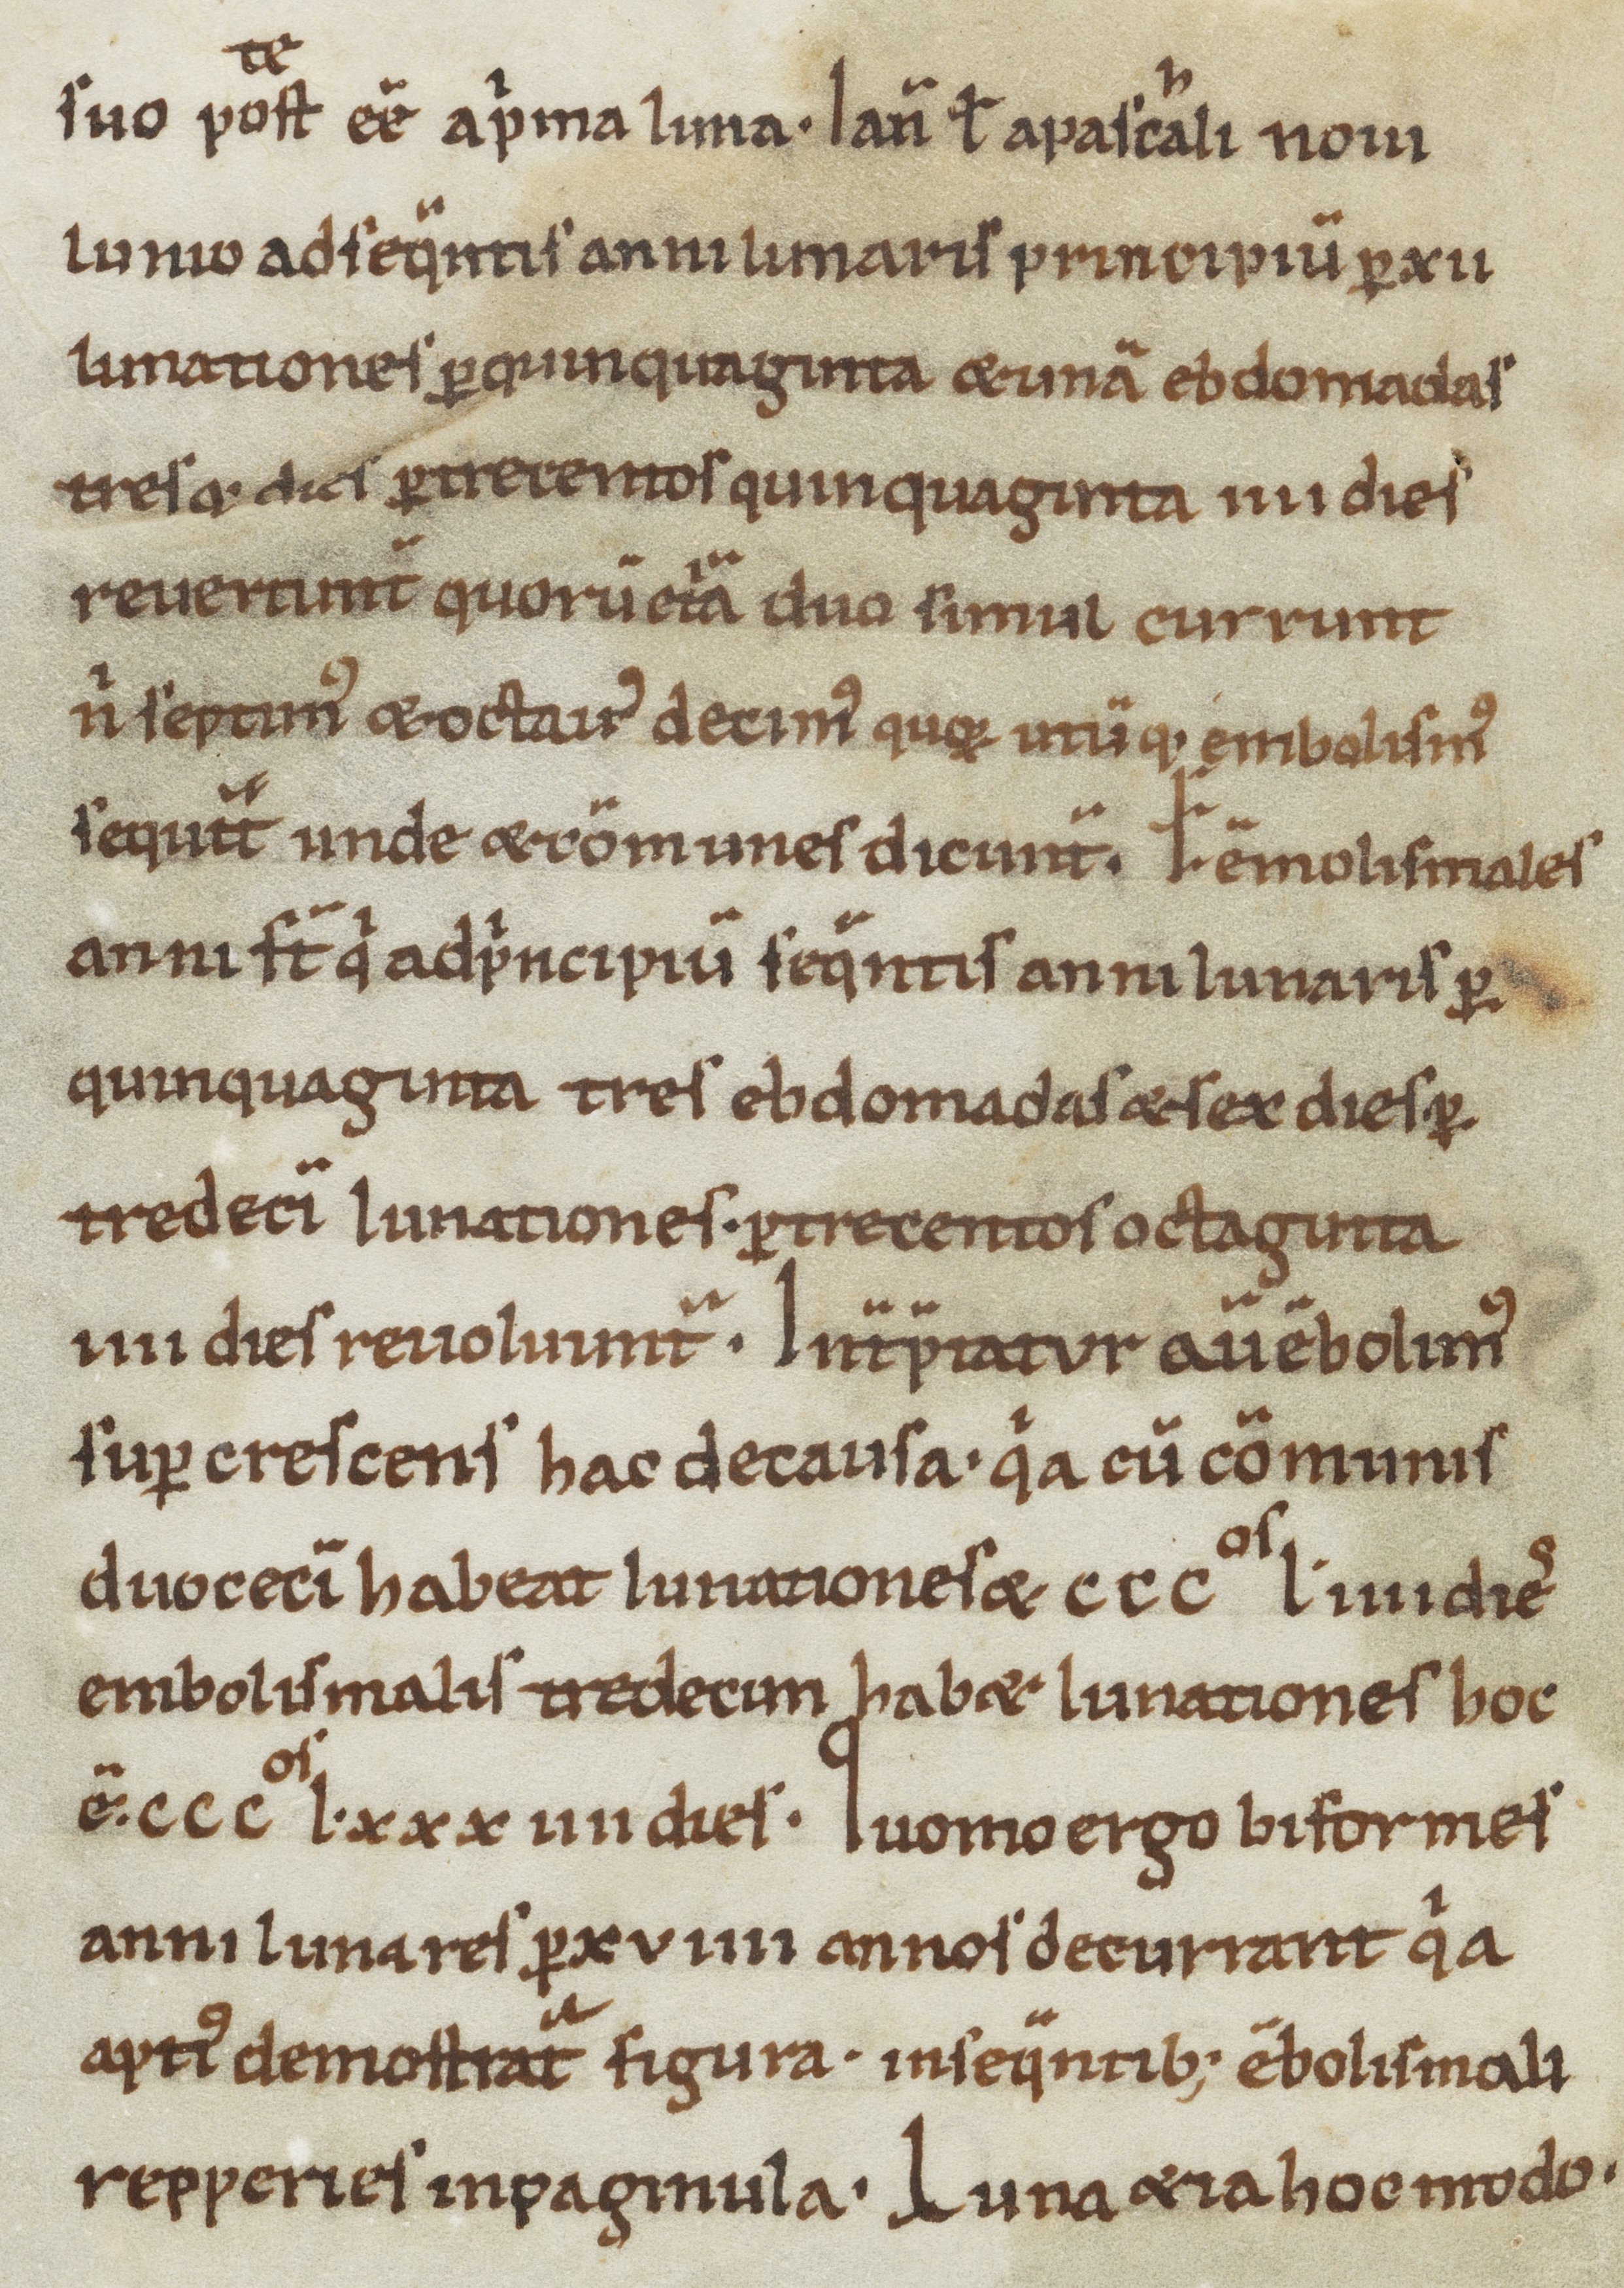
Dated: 900–1099